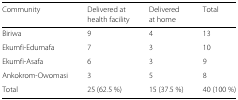
| Community | Delivered at | Delivered | Total |
 |  | health facility | at home |  |
 | --- | --- | --- | --- |
 | Biriwa | 9 | 4 | 13 |
 | Ekumfi-Edumafa | 7 | 3 | 10 |
 | Ekumfi-Asafa | 6 | 3 | 9 |
 | Ankokrom-Owomasi | 3 | 5 | 8 |
 | Total | 25 (62.5 %) | 15 (37.5 %) | 40 (100 %) |